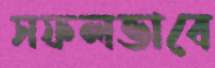
সফলভাবে